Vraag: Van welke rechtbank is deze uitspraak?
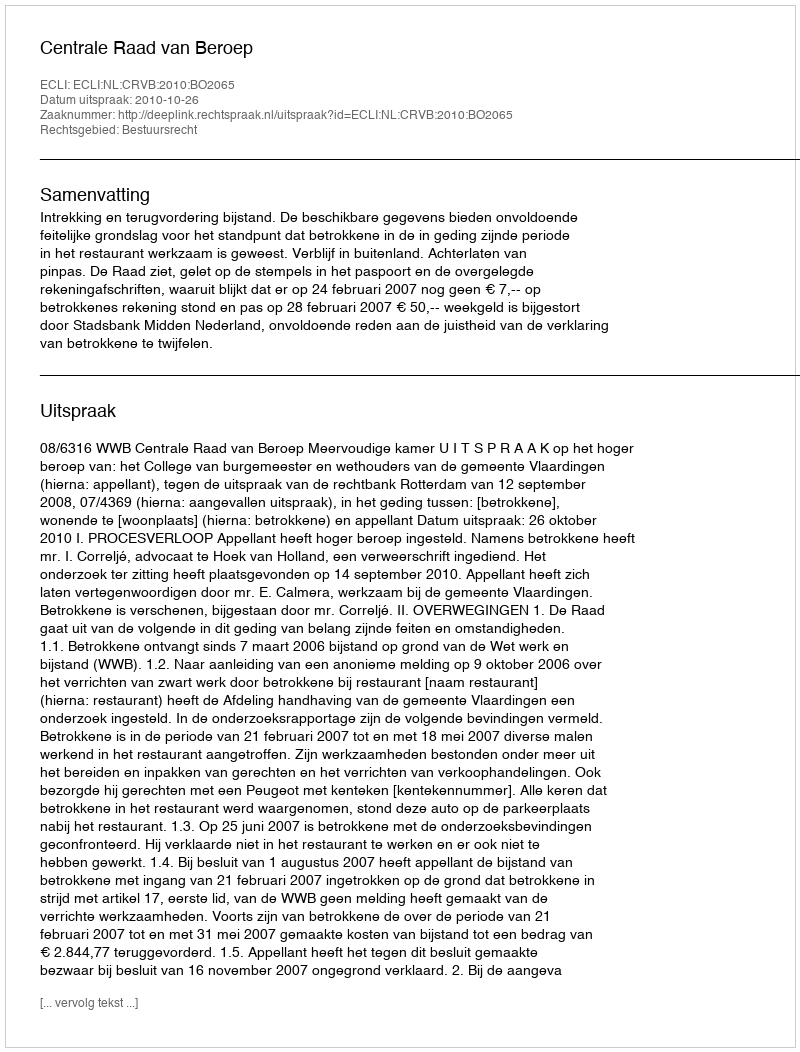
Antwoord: Centrale Raad van Beroep